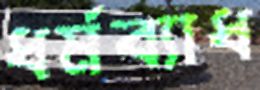
ধর্মব্যাধ